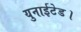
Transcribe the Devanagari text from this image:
युनाईटेड।